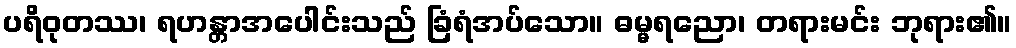
ပရိဝုတဿ၊ ရဟန္တာအပေါင်းသည် ခြံရံအပ်သော။ ဓမ္မရညော၊ တရားမင်း ဘုရား၏။